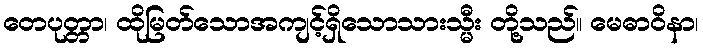
တေပုတ္တာ၊ ထိုမြတ်သောအကျင့်ရှိသောသားသ္မီး တို့သည်။ မေဓာဝိနာ၊